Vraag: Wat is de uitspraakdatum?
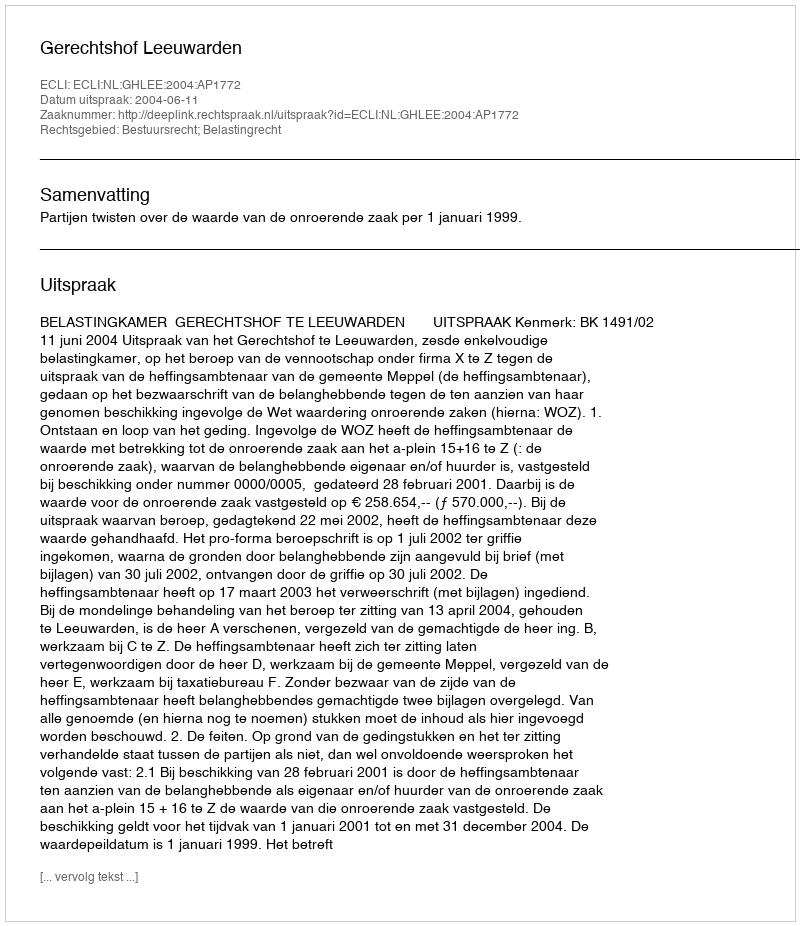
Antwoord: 2004-06-11